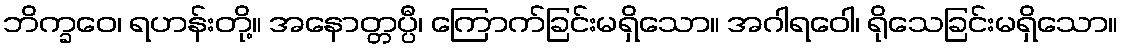
ဘိက္ခဝေ၊ ရဟန်းတို့။ အနောတ္တပ္ပီ၊ ကြောက်ခြင်းမရှိသော။ အဂါရဝေါ၊ ရိုသေခြင်းမရှိသော။